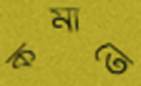
কমাতে